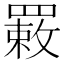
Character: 𦌉